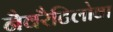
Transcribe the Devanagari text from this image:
नैवरैटिलोवा